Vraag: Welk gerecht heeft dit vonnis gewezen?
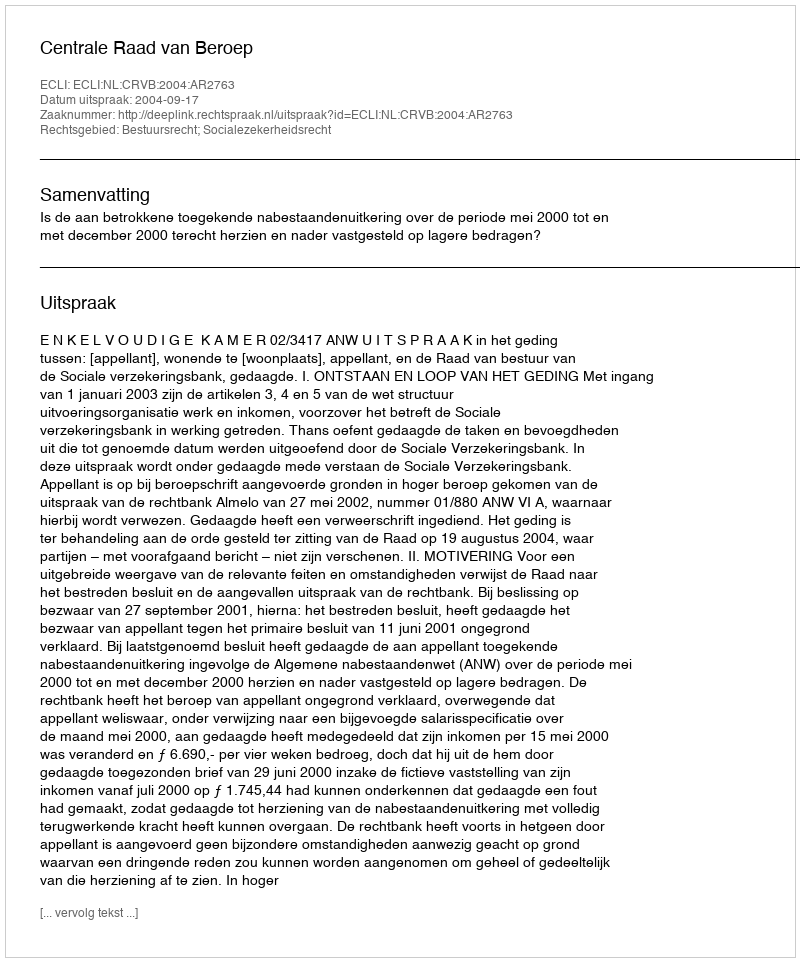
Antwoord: Centrale Raad van Beroep